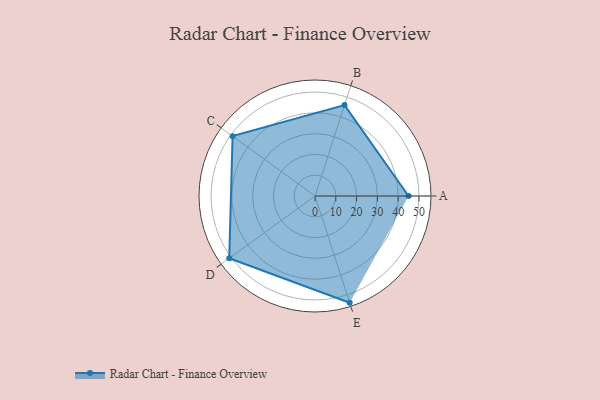
{"axis": {"x": "Skill", "y": "Score"}, "legend": ["Profile"], "data": [{"x": "A", "y": 45.0, "type": "Profile"}, {"x": "B", "y": 46.0, "type": "Profile"}, {"x": "C", "y": 49.0, "type": "Profile"}, {"x": "D", "y": 51.0, "type": "Profile"}, {"x": "E", "y": 54.0, "type": "Profile"}]}